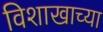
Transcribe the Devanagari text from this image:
विशाखाच्या